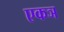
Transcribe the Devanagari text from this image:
एकञ